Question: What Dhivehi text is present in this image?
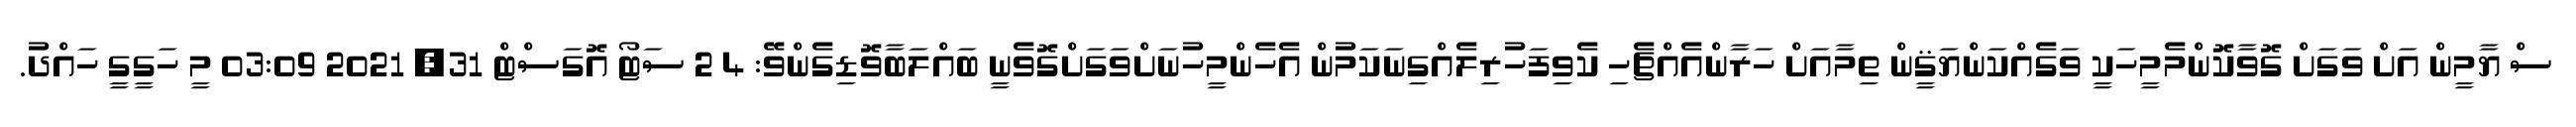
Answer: ސް ޔާމީން އަށް ވަގަށް ގޮވާކޮންމެމީހަކީ ވަގެއްކަންޔަޤީން ތިމާއަށް ހަރާންއެއްޗެހި ކެވިފަހުރިލެއްގިނަކަމުން އެހެންމީހުނަށްވަގަށްގޮވެނީ ބައްލަބާވޮޑިގެންވޭ: 4 2 ސަޓޯ އޮގަސްޓް 31, 2021 03:09 މީ ހަގީގީ ހައްދު.